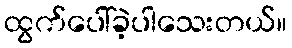
ထွက်ပေါ်ခဲ့ပါသေးတယ်။